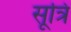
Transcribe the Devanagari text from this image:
सूत्रि